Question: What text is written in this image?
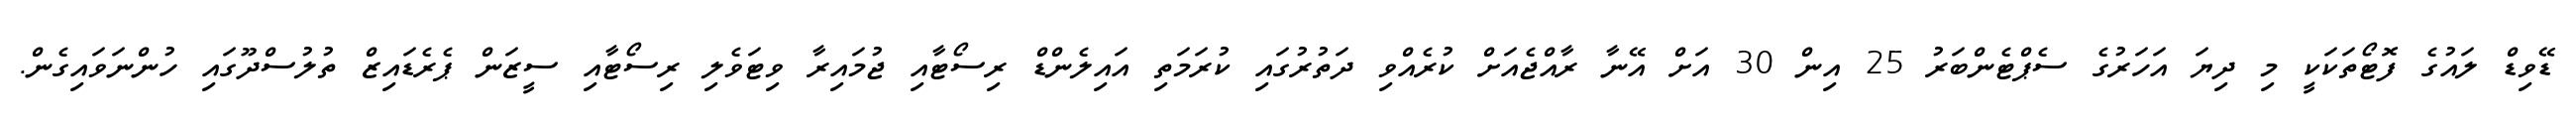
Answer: ޑޭވިޑް ލައުގެ ފޮޓޯތަކަކީ މި ދިޔަ އަހަރުގެ ސެޕްޓެންބަރު 25 އިން 30 އަށް އޭނާ ރާއްޖެއަށް ކުރެއްވި ދަތުރުގައި ކުރަމަތި އައިލެންޑް ރިސޯޓާއި ޖުމައިރާ ވިޓަވެލި ރިސޯޓާއި ސީޒަން ޕެރެޑައިޒް ތުލުސްދޫގައި ހުންނަވައިގެން.